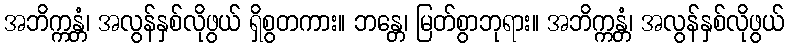
အဘိက္ကန္တံ၊ အလွန်နှစ်လိုဖွယ် ရှိစွတကား။ ဘန္တေ၊ မြတ်စွာဘုရား။ အဘိက္ကန္တံ၊ အလွန်နှစ်လိုဖွယ်